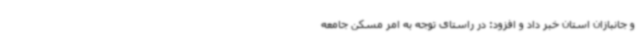
و جانبازان استان خبر داد و افزود: در راستای توجه به امر مسکن جامعه